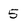
Character: 5